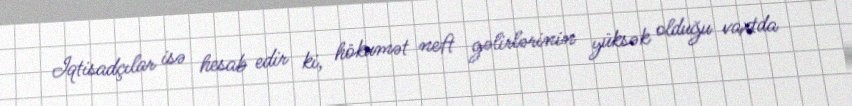
Iqtisadçılar isə hesab edir ki, hökumət neft gəlirlərinin yüksək olduğu vaxtda